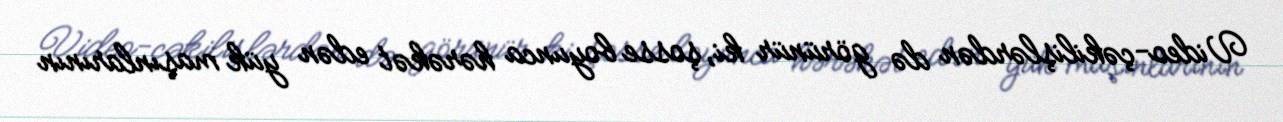
Video-çəkilişlərdən də görünür ki, şosse boyunca hərəkət edən yük maşınlarının